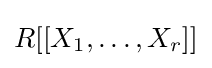
R[[X_{1},\ldots ,X_{r}]]